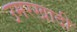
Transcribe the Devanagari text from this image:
उमरखादी